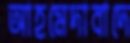
আহমেদাবাদে